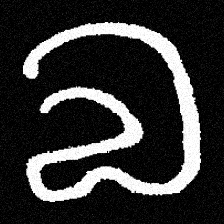
Pyu character \u2014 Myanmar letter: လ (romanized: la)